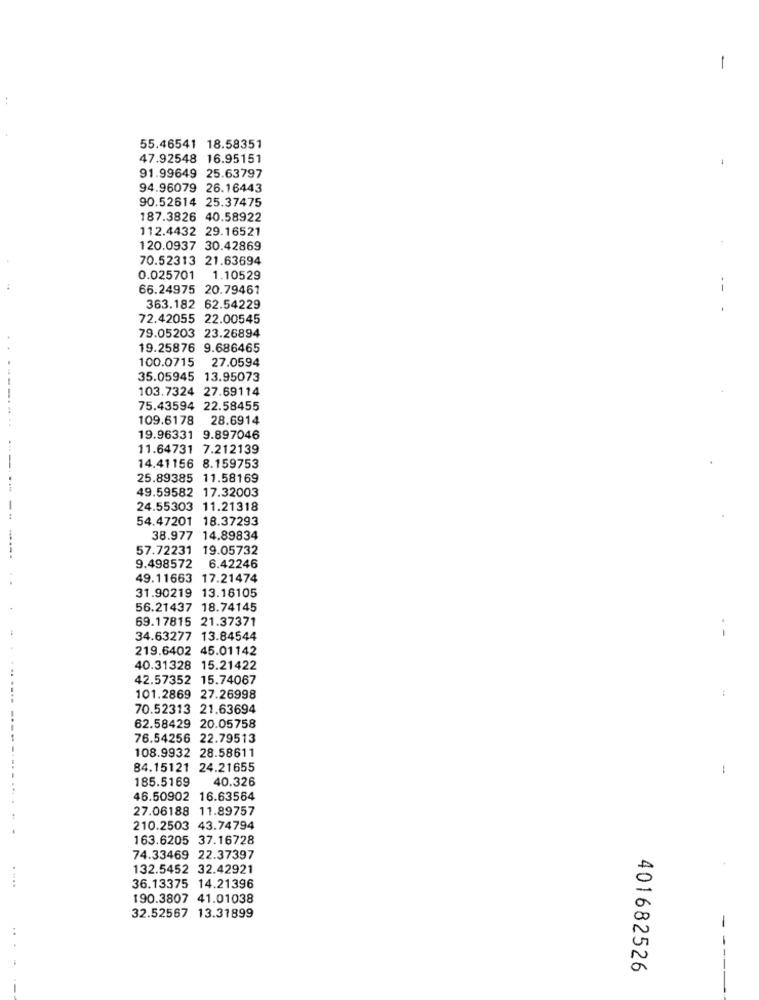
-
55.46541 18.58351
47.92548 16.95151
91.99649 25.63797
94.96079 26.16443
90.52614 25.37475
187.3826 40.58922
112.4432 29.16521
120.0937 30.42869
70.52313 21.63694
0.025701
1.10529
66.24975 20.79461
--
363.182 62.54229
72.42055 22.00545
79.05203 23.26894
19.25876 9.686465
100.0715 27.0594
35.05945 13.95073
103.7324 27.69114
75.43594 22.58455
109.6178 28.6914
19.96331 9.897046
11.64731 7.212139
14.41156 8.159753
25.89385 11.58169
49.59582 17.32003
24.55303 11.21318
54.47201 18.37293
38.977 14.89834
57.72231 19.05732
9.498572 6.42246
49.11663 17.21474
31.90219 13.16105
56.21437 18.74145
69.17815 21.37371
. -
34.63277 13.84544
219.6402 45.01142
40.31328 15.21422
42.57352
15.74067
101.2869 27.26998
70.52313 21.63694
62.58429 20.05758
76.54256 22.79513
108.9932 28.58611
----.
84.15121 24.21655
185.5169
40.326
46.50902 16.63564
27.06188 11.89757
210.2503 43.74794
163.6205 37.16728
74.33469 22.37397
132.5452 32.42921
...
36.13375 14.21396
190.3807 41.01038
32.52567 13.31899
401682526